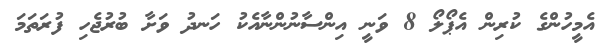
އެމީހުންގެ ކުރިން އެޕޯލޯ 8 ވަނީ އިންސާނުންނާއެކު ހަނދު ވަށާ ބުރުޖެހި ފުރަތަމަ